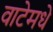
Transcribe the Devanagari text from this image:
वाटेमधे